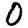
Digit: 0